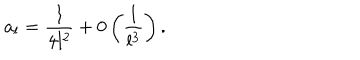
a _ { l } = \displaystyle \frac { 1 } { 4 l ^ { 2 } } + 0 \left( \displaystyle \frac { 1 } { l ^ { 3 } } \right) .